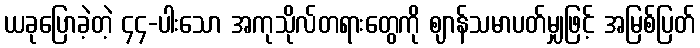
ယခုပြောခဲ့တဲ့ ၄၄-ပါးသော အကုသိုလ်တရားတွေကို ဈာန်သမာပတ်မျှဖြင့် အမြစ်ပြတ်